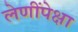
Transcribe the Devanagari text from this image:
लेणींपेक्षा